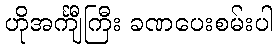
ဟိုအင်္ကျီကြီး ခဏပေးစမ်းပါ